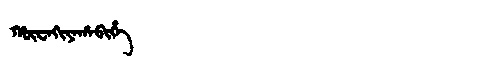
Manchu: ᡥᡡᠸᠠᡴᡳᠶᠠᡥᠠᠪᡳᡥᡝ
Romanization: HŪWAKIYAHABIHE